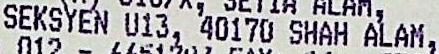
SEKSYEN U13, 40170 SHAH ALAM,